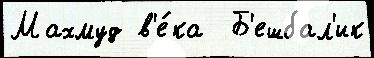
Махмуд в'е́ка  Б'ешбал'ик